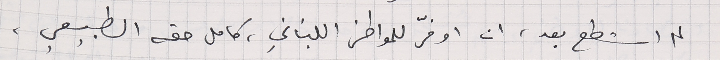
لم استطع بعد، ان اوفّر للمواطن اللبناني، كامل حقه الطبيعي،